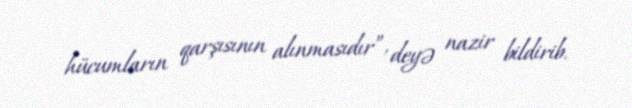
hücumların qarşısının alınmasıdır”, deyə nazir bildirib.